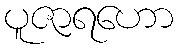
ပူဇာရဟော